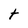
Character: t